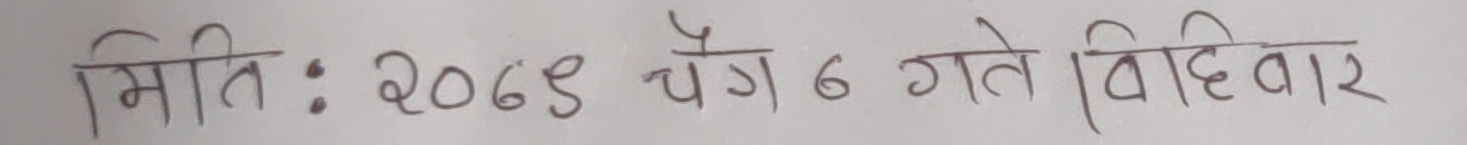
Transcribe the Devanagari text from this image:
मिति : २०७९ चैत्र ६ गते विहिवार